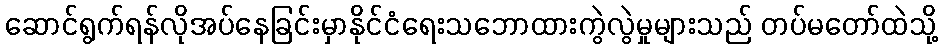
ဆောင်ရွက်ရန်လိုအပ်နေခြင်းမှာနိုင်ငံရေးသဘောထားကွဲလွဲမှုများသည် တပ်မတော်ထဲသို့